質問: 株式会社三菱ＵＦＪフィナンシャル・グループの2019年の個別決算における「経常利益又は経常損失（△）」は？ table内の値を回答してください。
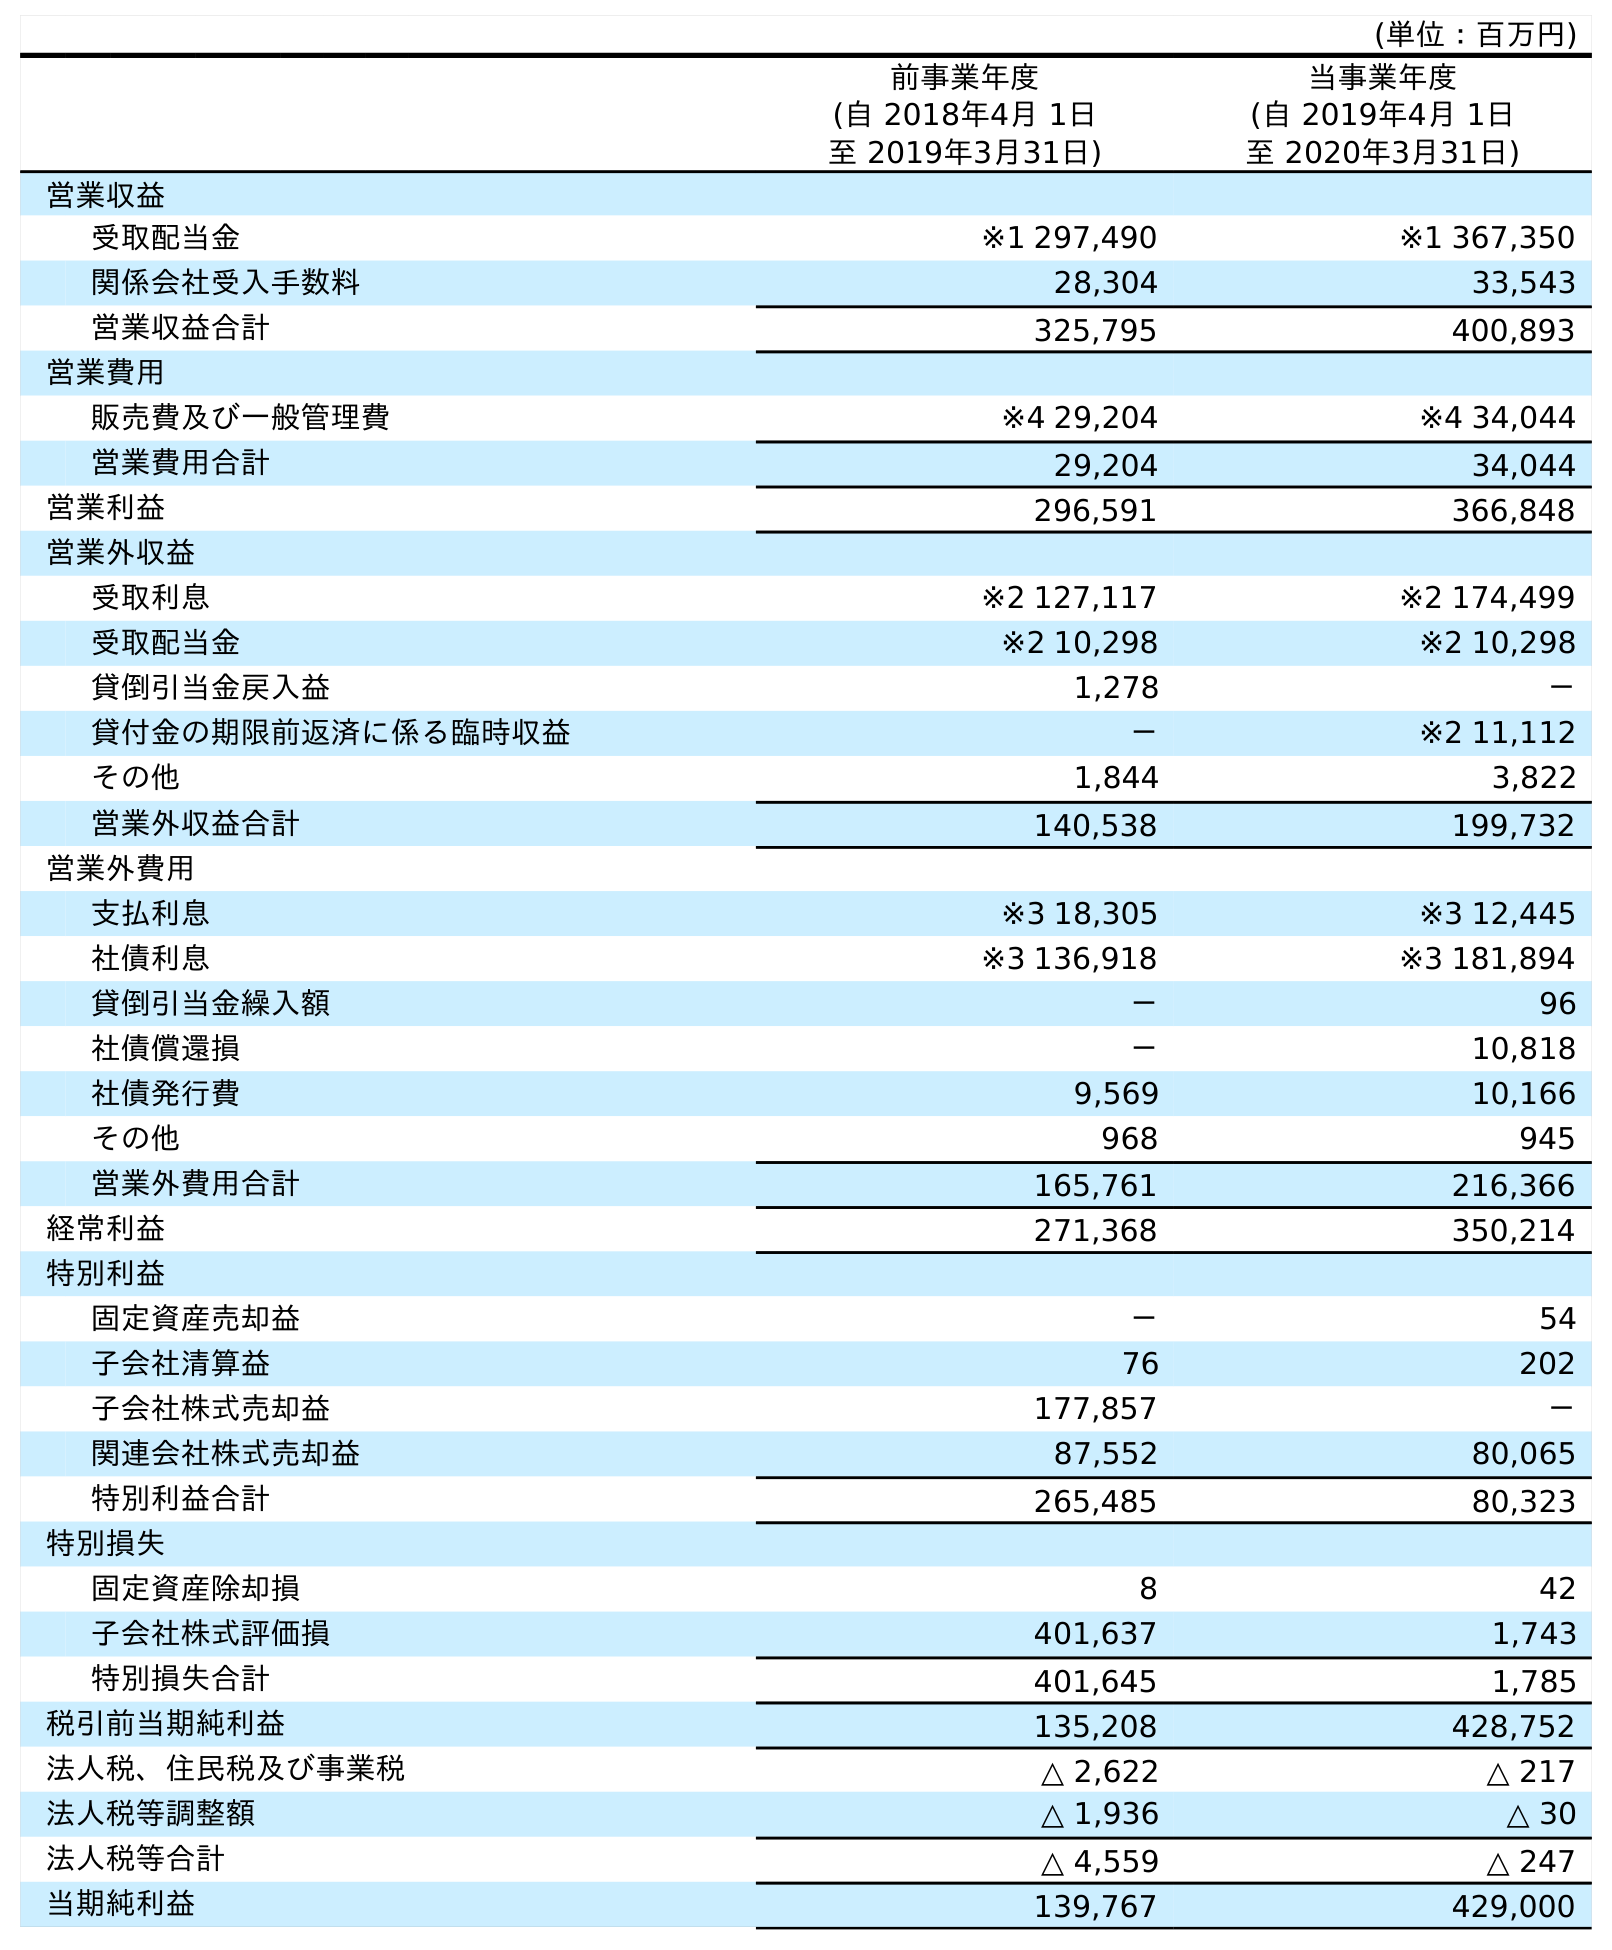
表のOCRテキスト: (単位：百万円) 前事業年度 (自 2018年4月 1日 至 2019年3月31日) 当事業年度 (自 2019年4月 1日 至 2020年3月31日) 営業収益 受取配当金 ※1 297,490 ※1 367,350 関係会社受入手数料 28,304 33,543 営業収益合計 325,795 400,893 営業費用 販売費及び一般管理費 ※4 29,204 ※4 34,044 営業費用合計 29,204 34,044 営業利益 296,591 366,848 営業外収益 受取利息 ※2 127,117 ※2 174,499 受取配当金 ※2 10,298 ※2 10,298 貸倒引当金戻入益 1,278 － 貸付金の期限前返済に係る臨時収益 － ※2 11,112 その他 1,844 3,822 営業外収益合計 140,538 199,732 営業外費用 支払利息 ※3 18,305 ※3 12,445 社債利息 ※3 136,918 ※3 181,894 貸倒引当金繰入額 － 96 社債償還損 － 10,818 社債発行費 9,569 10,166 その他 968 945 営業外費用合計 165,761 216,366 経常利益 271,368 350,214 特別利益 固定資産売却益 － 54 子会社清算益 76 202 子会社株式売却益 177,857 － 関連会社株式売却益 87,552 80,065 特別利益合計 265,485 80,323 特別損失 固定資産除却損 8 42 子会社株式評価損 401,637 1,743 特別損失合計 401,645 1,785 税引前当期純利益 135,208 428,752 法人税、住民税及び事業税 △ 2,622 △ 217 法人税等調整額 △ 1,936 △ 30 法人税等合計 △ 4,559 △ 247 当期純利益 139,767 429,000
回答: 271,368